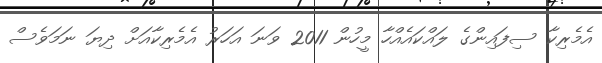
އެމެރިކާ ސިފައިންގެ ލައްކައެއްހާ މީހުން 2011 ވަނަ އަހަރު އެމެރިކާއަށް ދިޔަ ނަމަވެސް